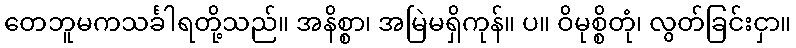
တေဘူမကသင်္ခါရတို့သည်။ အနိစ္စာ၊ အမြဲမရှိကုန်။ ပ။ ဝိမုစ္စိတုံ၊ လွတ်ခြင်းငှာ။